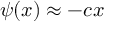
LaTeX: \psi ( x ) \approx - c x